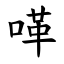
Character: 㗆